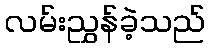
လမ်းညွှန်ခဲ့သည်